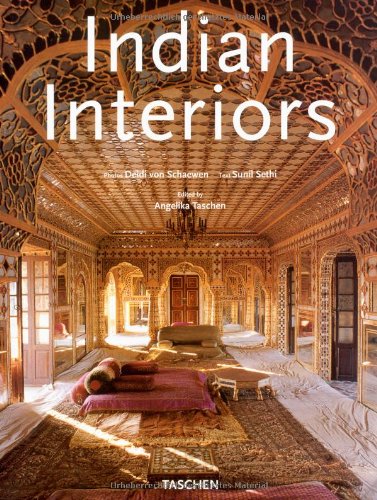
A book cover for Indian Interiors (Interiors (Taschen)); Deidi Von Schaewen; Arts & Photography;